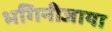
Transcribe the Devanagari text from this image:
भगिनीजाया